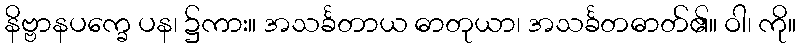
နိဗ္ဗာနပက္ခေ ပန၊ ၌ကား။ အသင်္ခတာယ ဓာတုယာ၊ အသင်္ခတဓာတ်၏။ ဝါ၊ ကို။